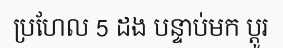
ប្រហែល 5 ដង បន្ទាប់មក ប្តូរ